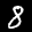
Label: 8